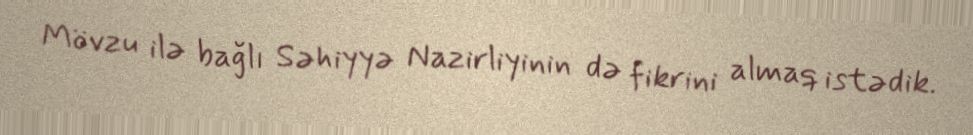
Mövzu ilə bağlı Səhiyyə Nazirliyinin də fikrini almaq istədik.